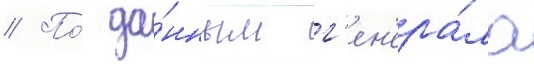
// По́ да́нным г'ен'ера́ла